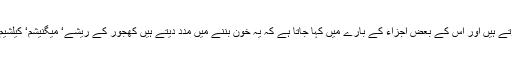
یہ امراض قلب میں بھی فائدہ مند ہے اس کے معدنی نمکیات دل کی دھڑکن کو منظم کرتے ہیں اور اس کے بعض اجزاء کے بارے میں کہا جاتا ہے کہ یہ خون بننے میں مدد دیتے ہیں کھجور کے ریشے‘ میگنیشم‘ کیلشیم کے حصول کا عمدہ ذریعہ ہے اور ان میں پوٹاشیم کی بھی وافر مقدار موجود ہوتی ہے۔